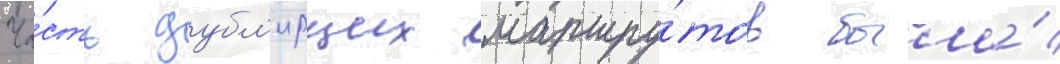
Ча́сть дубл'ирщих маршру́тов была́